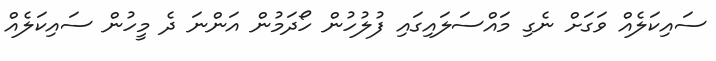
ސައިކަލެއް ވަގަށް ނެގި މައްސަލައިގައި ފުލުހުން ހޯދަމުން އަންނަ ދެ މީހުން ސައިކަލެއް